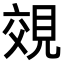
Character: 𧠷